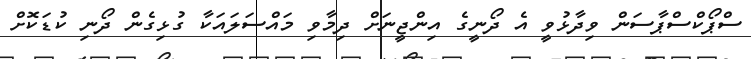
ސްޕޯކްސްޕާސަން ވިދާޅުވީ އެ ދޯނީގެ އިންޖީނަށް ދިމާވި މައްސަލައަކާ ގުޅިގެން ދޯނި ކުޑަކޮށް